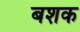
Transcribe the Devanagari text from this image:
बशक